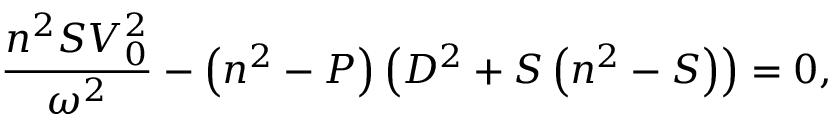
\frac { n ^ { 2 } S V _ { 0 } ^ { 2 } } { \omega ^ { 2 } } - \left( n ^ { 2 } - P \right) \left( D ^ { 2 } + S \left( n ^ { 2 } - S \right) \right) = 0 ,